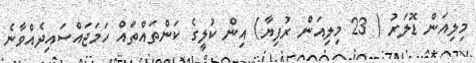
މިލިއަން ޑޮލަރު ( 23 މިލިއަން ރުފިޔާ) އިން ކުލީގެ ކަންތައްތައް ހަމަޖައްސައިދެއްވާނެ